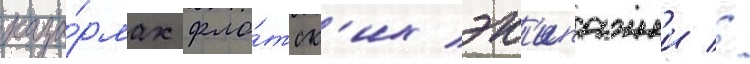
каза́рмах фло́тск'их эк'ипажеи //